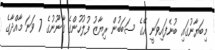
މިބަޔާނުގައި ބުނެފައިވަނީ އޭގެ ސަބަބުން ރިޔާޒު ފުލުހުންގެ ގާނޫނުގެ 7 ވަނަ މާއްދާގެ